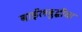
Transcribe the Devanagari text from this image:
बाईलबुद्धीचा